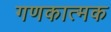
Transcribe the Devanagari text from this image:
गणकात्मक